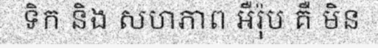
ទិក និង សហភាព អឺរ៉ុប គឺ មិន